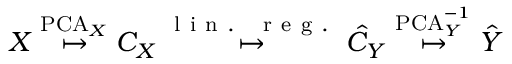
X \overset { \mathrm { P C A } _ { X } } { \mapsto } C _ { X } \overset { \mathrm { ~ l ~ i ~ n ~ . ~ ~ ~ r ~ e ~ g ~ . ~ } } { \mapsto } \hat { C } _ { Y } \overset { \mathrm { P C A } _ { Y } ^ { - 1 } } { \mapsto } \hat { Y }